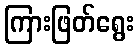
ကြားဖြတ်ရွေး